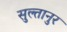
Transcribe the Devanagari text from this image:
सुल्तानुर